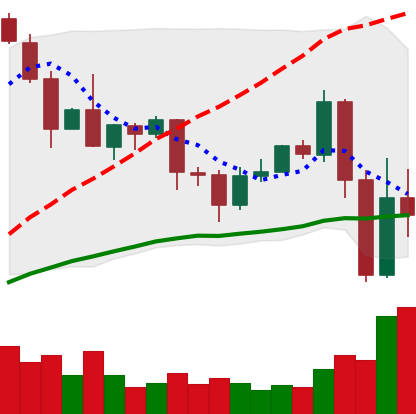
Ticker: EOS-USD
Chart end date: 2020-09-05
Forward return: -5.158%
Label: down_5_7